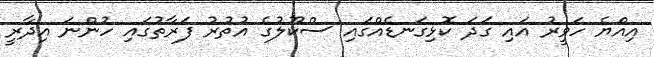
އިއްޔެ ހަވީރު އައި ގަދަ ކޮޅިގަނޑެއްގައި ސްކޫލުގެ އުތުރު ފަރާތުގައި ހުންނަ އިދާރީ